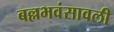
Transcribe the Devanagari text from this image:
बल्लभवंसावली